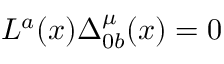
L ^ { a } ( x ) \Delta _ { 0 b } ^ { \mu } ( x ) = 0 \,